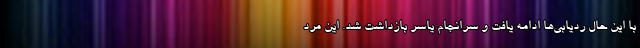
با این حال ردیابی‌ها ادامه یافت و سرانجام یاسر بازداشت شد. این مرد